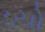
ડયો